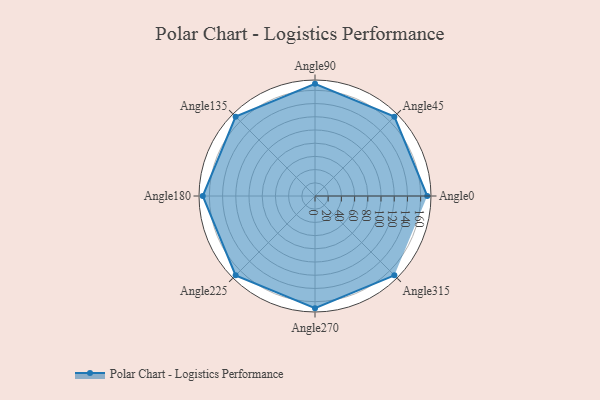
{"axis": {"x": "Angle", "y": "Radius"}, "legend": [""], "data": [{"x": "Angle0", "y": 170, "type": ""}, {"x": "Angle45", "y": 170, "type": ""}, {"x": "Angle90", "y": 170, "type": ""}, {"x": "Angle135", "y": 170, "type": ""}, {"x": "Angle180", "y": 170, "type": ""}, {"x": "Angle225", "y": 170, "type": ""}, {"x": "Angle270", "y": 170.0, "type": ""}, {"x": "Angle315", "y": 170, "type": ""}]}